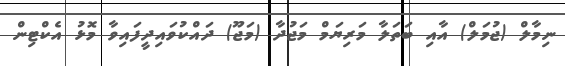
ނިމާލް (ޖުމަލް) އާއި ބަތަލާ މަރިޔަމް މަޖުދާ (މަޖޫ) ދައްކުވައިދީފައިވާ މޮޅު އެކްޓިން